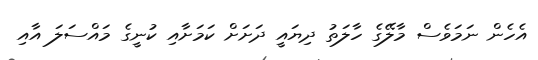
އެހެން ނަމަވެސް މާލޭގެ ހާލަތު ދިޔައީ ދަށަށް ކަމަށާއި ކުނީގެ މައްސަލަ އާއި